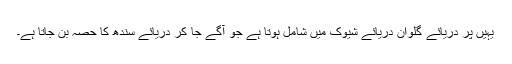
یہیں پر دریائے گلوان دریائے شیوک میں شامل ہوتا ہے جو آگے جا کر دریائے سندھ کا حصہ بن جاتا ہے۔